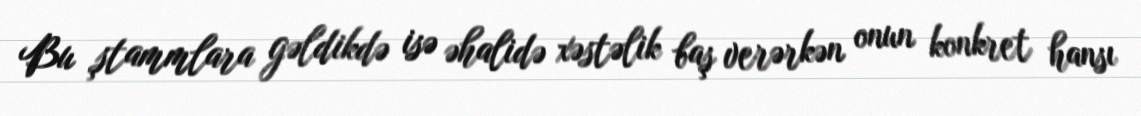
Bu ştammlara gəldikdə isə əhalidə xəstəlik baş verərkən onun konkret hansı